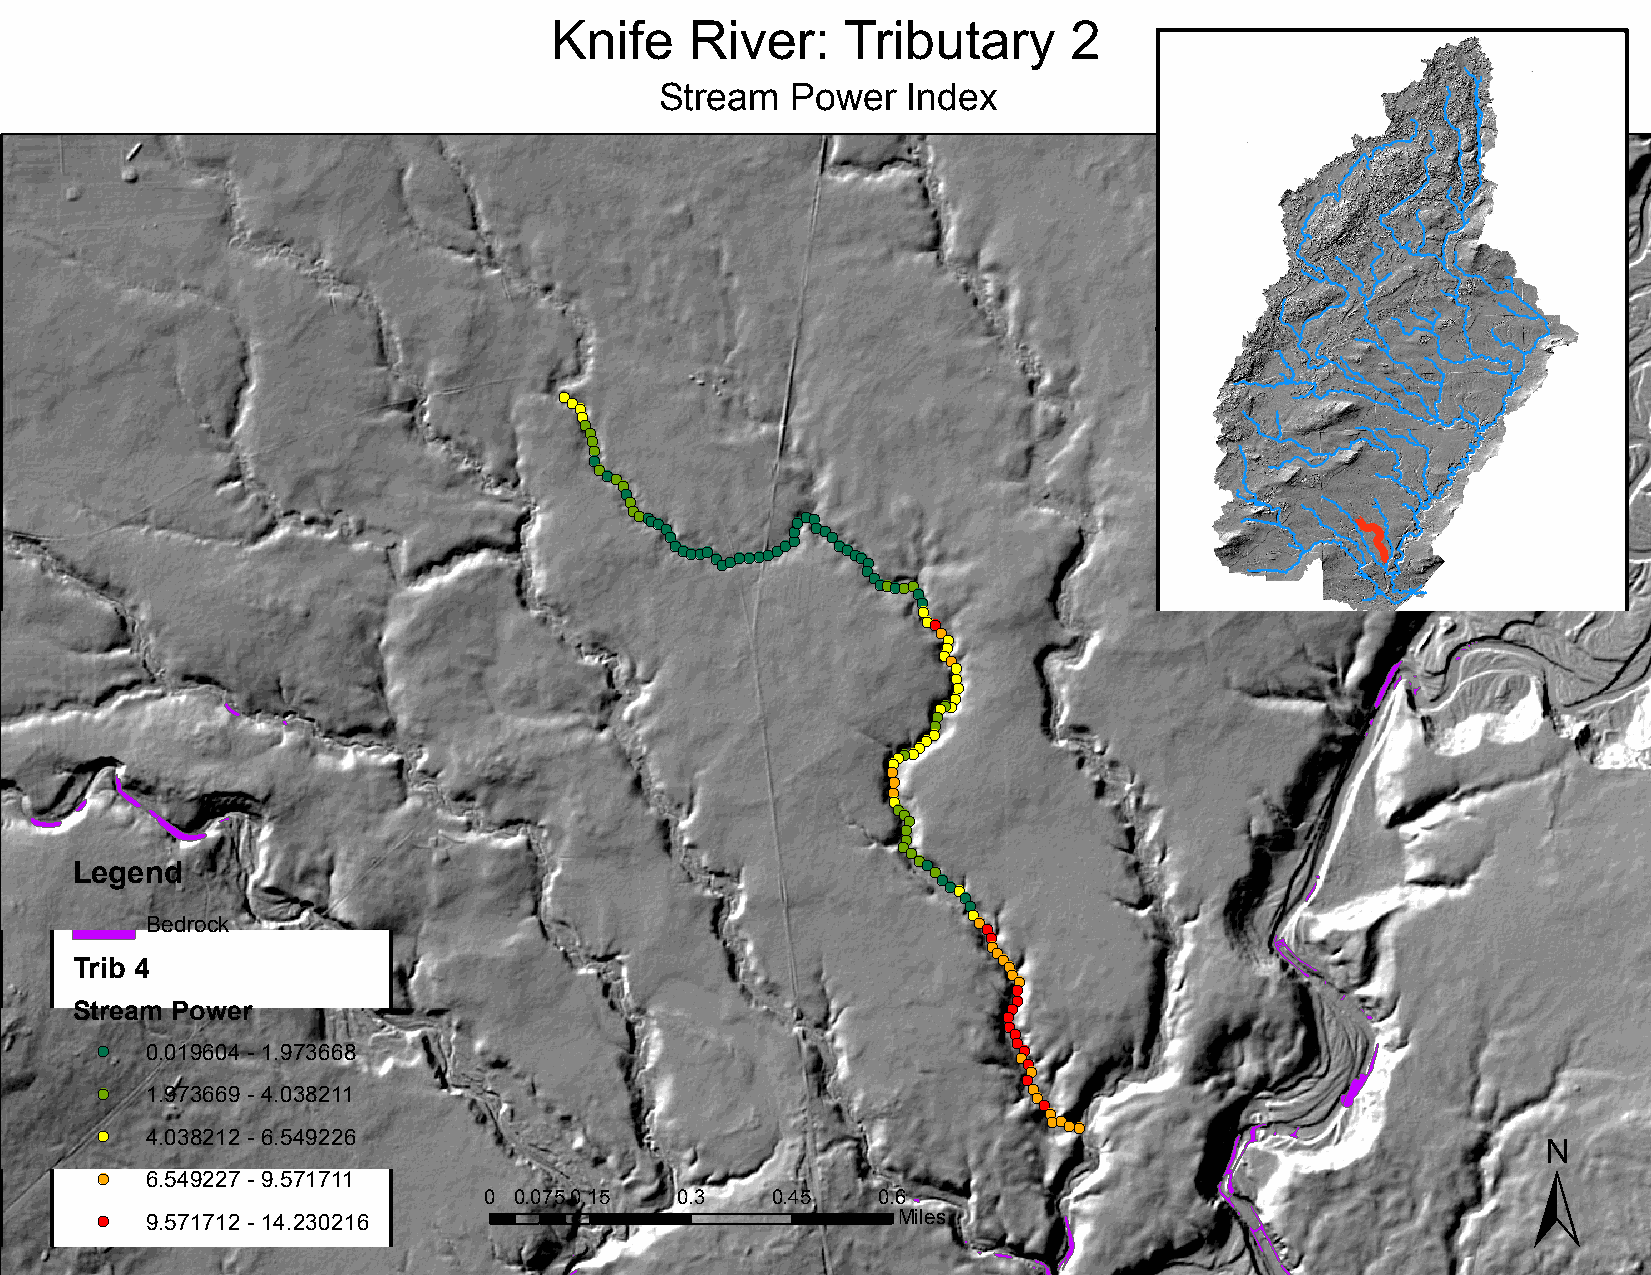
Knife     River:    Tributary      2
 Stream  Power   Index
 !(!(!(
 !(
 !(
 !(
 !(
 !(
 !(
 !(!(!(!(
 !(
 !(
 !(!(!(!(!(!(
 !(
 !(!(!(!(!(
 !(!(!(!(!(!(!(!(!(!(!(!(!(!(
 !(!(!(
 !(!(!(!(
 !(!(
 !(!(!(!(!(!(
 !(
 !(
 !(
 !(!(
 !(
 !(
 !(
 !(!(
 !(
 !(
 !(
 !(
 !(!(!(
 !(
 !(
 !(!(
 !(!(!(!(!(
 !(
 !(
 !(
 !(
 !(!(!(
 !(
 !(
 !(!(
 !(!(
 Legend                                                   !(
 !(
 !(!(
 !(
 !(
 !(
 Bedrock                                               !(!(
 !(
 !(!(!(
 Trib 4                                                       !(
 !(
 !(
 !(
 !(
 Stream Power                                                 !(!(
 !(
 !(
 !(
 !(  0.019604 - 1.973668                                      !(!(
 !(
 !(
 !(
 !(  1.973669 - 4.038211                                       !( !(
 !(
 !( !(!(!(!(                     ±
 !(  4.038212 - 6.549226
 !(  6.549227 - 9.571711
 0 0.075 0.15 0.3   0.45   0.6
 !(  9.571712 - 14.230216                             Miles